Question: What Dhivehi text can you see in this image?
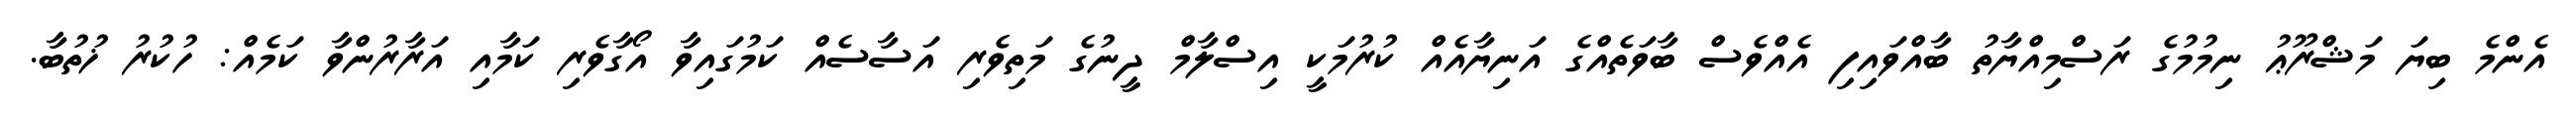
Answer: އެންމެ ބިޔަ މަޝްރޫޢު ނިމުމުގެ ރަސްމިއްޔާތު ބާއްވައިފި އެއްވެސް ބާވަތެއްގެ އަނިޔާއެއް ކުރުމަކީ އިސްލާމް ދީނުގެ މަތިވެރި އަސާސެއް ކަމުގައިވާ އޯގާވެރި ކަމާއި އަރާރުންވާ ކަމެއް: ހުކުރު ޚުތުބާ.